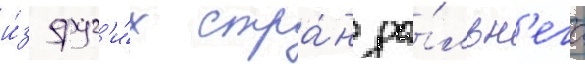
и́з друг'и́х стра́н да́льн'его